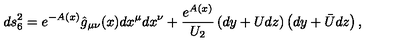
d s _ { 6 } ^ { 2 } = e ^ { - A ( x ) } \hat { g } _ { \mu \nu } ( x ) d x ^ { \mu } d x ^ { \nu } + \frac { e ^ { A ( x ) } } { U _ { 2 } } \left( d y + U d z \right) \left( d y + \bar { U } d z \right) ,